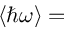
\langle \hbar \omega \rangle =